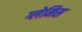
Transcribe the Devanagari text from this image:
ग्लेमिस